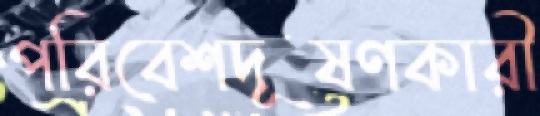
পরিবেশদূষণকারী